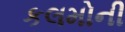
કલમોની